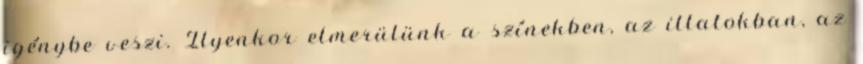
igénybe veszi. Ilyenkor elmerülünk a színekben, az illatokban, az